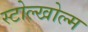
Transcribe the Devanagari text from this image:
स्टोल्खोल्म